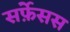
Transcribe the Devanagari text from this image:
सर्फ़ेसस